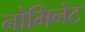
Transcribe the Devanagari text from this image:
नोमिनेट